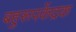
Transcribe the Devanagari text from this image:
बहुरूपकेंद्रक